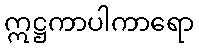
ဣဋ္ဌကာပါကာရော